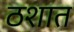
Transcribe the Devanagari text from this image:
ठशात